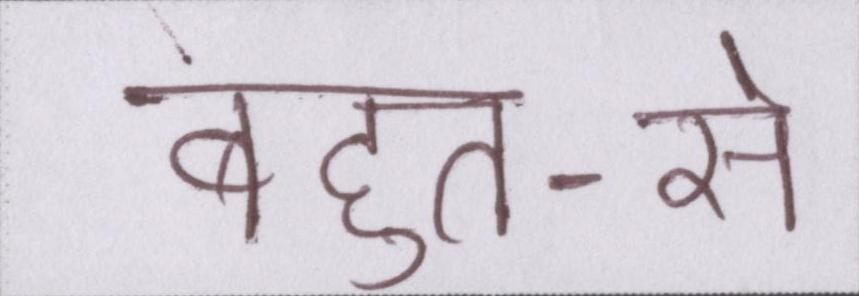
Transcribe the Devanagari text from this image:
बहुत-से